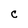
Character: C